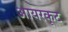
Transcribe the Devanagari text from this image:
आयरकूट